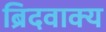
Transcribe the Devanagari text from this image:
ब्रिदवाक्य